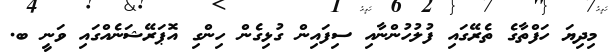
މިދިޔަ ހަފްތާގެ ތެރޭގައި ފުލުހުންނާއި ސިފައިން ގުޅިގެން ހިންގި އޮޕަރޭޝަނެއްގައި ވަނީ ބ.